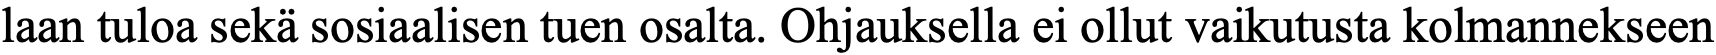
laan tuloa sekä sosiaalisen tuen osalta. Ohjauksella ei ollut vaikutusta kolmannekseen